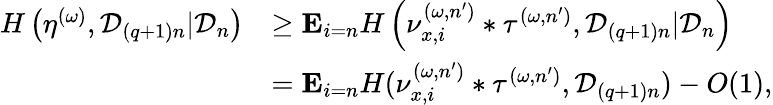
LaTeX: \begin{array}{rl}{H\left(\eta^{(\omega)},{\mathcal D}_{(q+1)n}|{\mathcal D}_{n}\right)}&{\geq\mathbf E_{i=n}H\left(\nu_{x,i}^{(\omega,n^{\prime})}*\tau^{(\omega,n^{\prime})},{\mathcal D}_{(q+1)n}|{\mathcal D}_{n}\right)}\\ &{=\mathbf E_{i=n}H(\nu_{x,i}^{(\omega,n^{\prime})}*\tau^{(\omega,n^{\prime})},{\mathcal D}_{(q+1)n})-O(1),}\end{array}